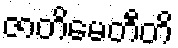
ဇာတိမေတီတိ